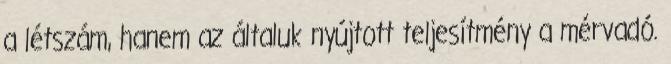
a létszám, hanem az általuk nyújtott teljesítmény a mérvadó.